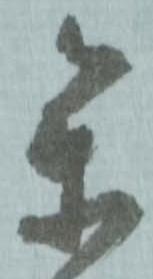
参